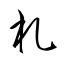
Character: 札